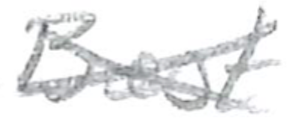
Text: Best
Cross-out: cross
Writing tool: pencil